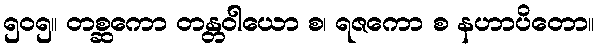
၅၀၅။ တစ္ဆကော တန္တဝါယော စ၊ ရဇကော စ နဟာပိတော။